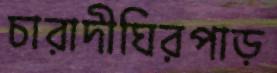
চারাদীঘিরপাড়